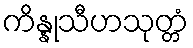
ကိန္နုသီဟသုတ္တံ